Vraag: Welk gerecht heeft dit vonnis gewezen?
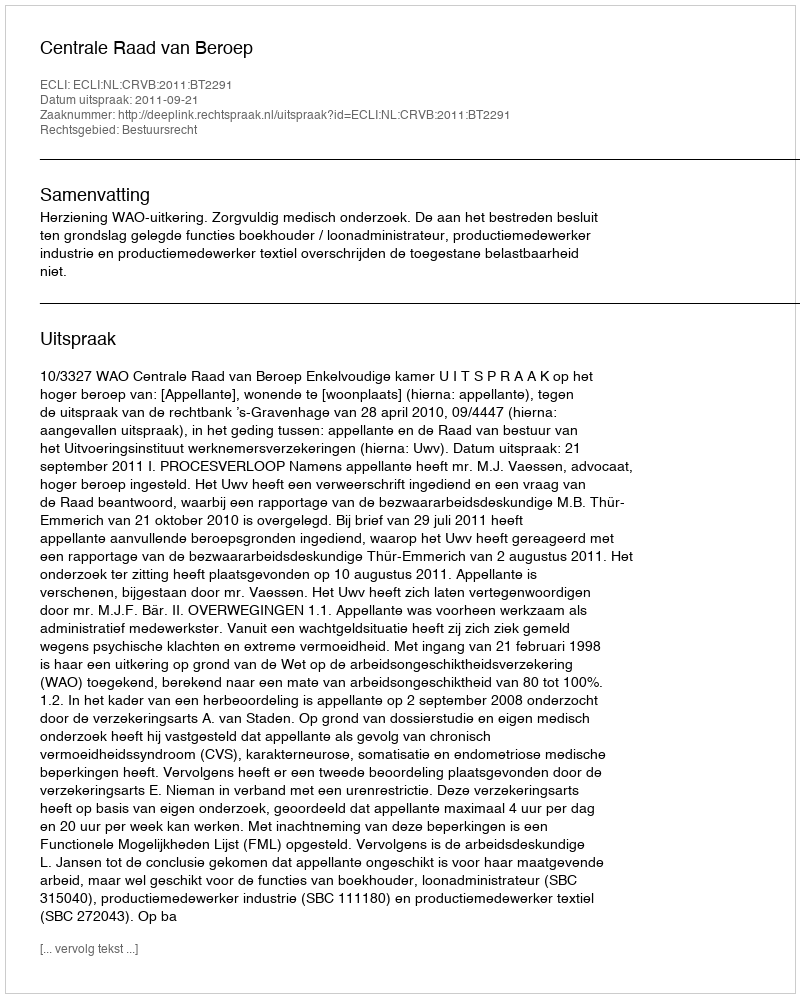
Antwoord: Centrale Raad van Beroep